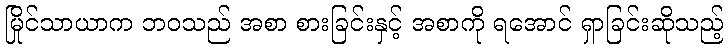
မြိုင်သာယာက ဘဝသည် အစာ စားခြင်းနှင့် အစာကို ရအောင် ရှာခြင်းဆိုသည့်